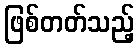
ဖြစ်တတ်သည့်